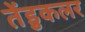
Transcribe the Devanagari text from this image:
तेंडुकलर